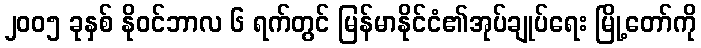
၂၀၀၅ ခုနှစ် နိုဝင်ဘာလ ၆ ရက်တွင် မြန်မာနိုင်ငံ၏အုပ်ချုပ်ရေး မြို့တော်ကို